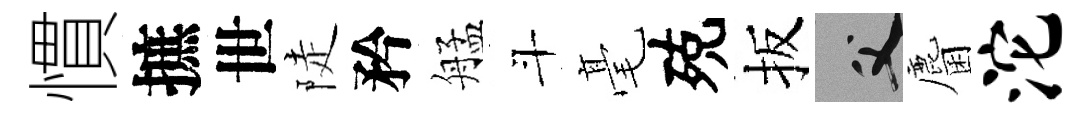
慣摭世陡矜艋斗毫殑扳父麕沱